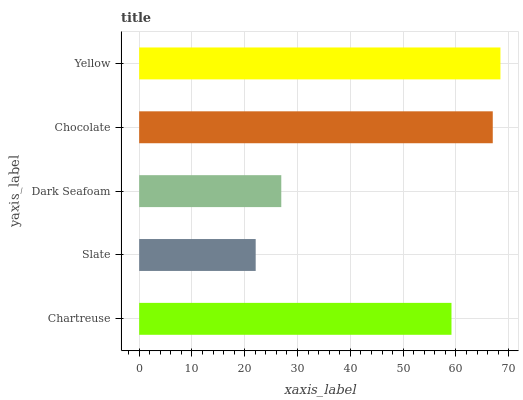
| yaxis_label | bars |
 | --- | --- |
 | Chartreuse | 59.2 |
 | Slate | 22.1 |
 | Dark Seafoam | 26.9 |
 | Chocolate | 67 |
 | Yellow | 68.4 |